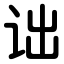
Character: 诎